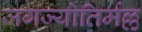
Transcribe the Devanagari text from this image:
जगज्योतिर्मल्ल